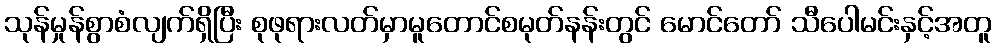
သုန်မှုန်စွာစံလျက်ရှိပြီး စုဖုရားလတ်မှာမူတောင်စမုတ်နန်းတွင် မောင်တော် သီပေါမင်းနှင့်အတူ